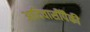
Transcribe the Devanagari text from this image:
आदिवासींपैकी